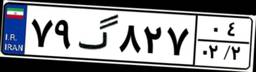
۷۴گ۴۷۰۳۸